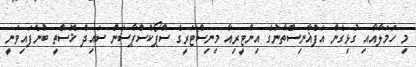
މި ހަމަލާއާއި ގުޅިގެން އަފްޣާނިސްތާނުގެ އިންޓީރިއާ މިނިސްޓަރީގެ ސްޕޯކްސްޕާސަން ސައިދް ޚޮސްތީ ބުނެފައިވަނީ